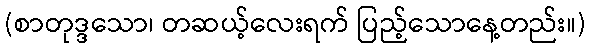
(စာတုဒ္ဒသော၊ တဆယ့်လေးရက် ပြည့်သောနေ့တည်း။)